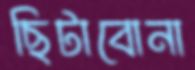
ছিটাবোনা